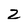
Character: 2